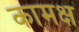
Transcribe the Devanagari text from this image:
कामक्ष